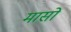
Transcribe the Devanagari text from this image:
मासाें